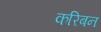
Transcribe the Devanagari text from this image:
करिबन